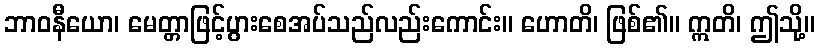
ဘာဝနီယော၊ မေတ္တာဖြင့်ပွားစေအပ်သည်လည်းကောင်း။ ဟောတိ၊ ဖြစ်၏။ ဣတိ၊ ဤသို့။